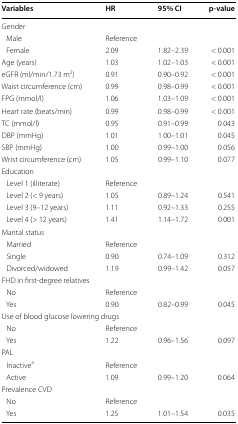
<table><thead><tr><td><b>Variables</b></td><td><b>HR</b></td><td><b>95% CI</b></td><td><b>p-value</b></td></tr></thead><tbody><tr><td colspan="4">Gender</td></tr><tr><td> Male</td><td>Reference</td><td></td><td></td></tr><tr><td> Female</td><td>2.09</td><td>1.82–2.39</td><td>&lt; 0.001</td></tr><tr><td>Age (years)</td><td>1.03</td><td>1.02–1.03</td><td>&lt; 0.001</td></tr><tr><td>eGFR (ml/min/1.73 m<sup>2</sup>)</td><td>0.91</td><td>0.90–0.92</td><td>&lt; 0.001</td></tr><tr><td>Waist circumference (cm)</td><td>0.99</td><td>0.98–0.99</td><td>&lt; 0.001</td></tr><tr><td>FPG (mmol/l)</td><td>1.06</td><td>1.03–1.09</td><td>&lt; 0.001</td></tr><tr><td>Heart rate (beats/min)</td><td>0.99</td><td>0.98–0.99</td><td>&lt; 0.001</td></tr><tr><td>TC (mmol/l)</td><td>0.95</td><td>0.91–0.99</td><td>0.043</td></tr><tr><td>DBP (mmHg)</td><td>1.01</td><td>1.00–1.01</td><td>0.045</td></tr><tr><td>SBP (mmHg)</td><td>1.00</td><td>0.99–1.00</td><td>0.056</td></tr><tr><td>Wrist circumference (cm)</td><td>1.05</td><td>0.99–1.10</td><td>0.077</td></tr><tr><td colspan="4">Education</td></tr><tr><td> Level 1 (illiterate)</td><td>Reference</td><td></td><td></td></tr><tr><td> Level 2 (&lt; 9 years)</td><td>1.05</td><td>0.89–1.24</td><td>0.541</td></tr><tr><td> Level 3 (9–12 years)</td><td>1.11</td><td>0.92–1.33</td><td>0.255</td></tr><tr><td> Level 4 (&gt; 12 years)</td><td>1.41</td><td>1.14–1.72</td><td>0.001</td></tr><tr><td colspan="4">Marital status</td></tr><tr><td> Married</td><td>Reference</td><td></td><td></td></tr><tr><td> Single</td><td>0.90</td><td>0.74–1.09</td><td>0.312</td></tr><tr><td> Divorced/widowed</td><td>1.19</td><td>0.99–1.42</td><td>0.057</td></tr><tr><td colspan="4">FHD in first-degree relatives</td></tr><tr><td> No</td><td>Reference</td><td></td><td></td></tr><tr><td> Yes</td><td>0.90</td><td>0.82–0.99</td><td>0.045</td></tr><tr><td colspan="4">Use of blood glucose lowering drugs</td></tr><tr><td> No</td><td>Reference</td><td></td><td></td></tr><tr><td> Yes</td><td>1.22</td><td>0.96–1.56</td><td>0.097</td></tr><tr><td colspan="4">PAL</td></tr><tr><td> Inactive<sup>a</sup></td><td>Reference</td><td></td><td></td></tr><tr><td> Active</td><td>1.09</td><td>0.99–1.20</td><td>0.064</td></tr><tr><td colspan="4">Prevalence CVD</td></tr><tr><td> No</td><td>Reference</td><td></td><td></td></tr><tr><td> Yes</td><td>1.25</td><td>1.01–1.54</td><td>0.035</td></tr></tbody></table>